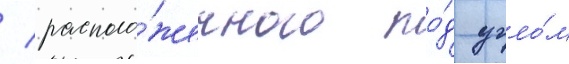
/ располо́женного по́д угло́м